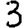
Digit: 3